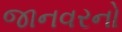
જાનવરનો